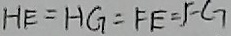
H E = H G = F E = F G